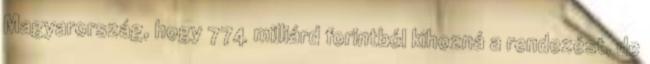
Magyarország, hogy 774 milliárd forintból kihozná a rendezést, de